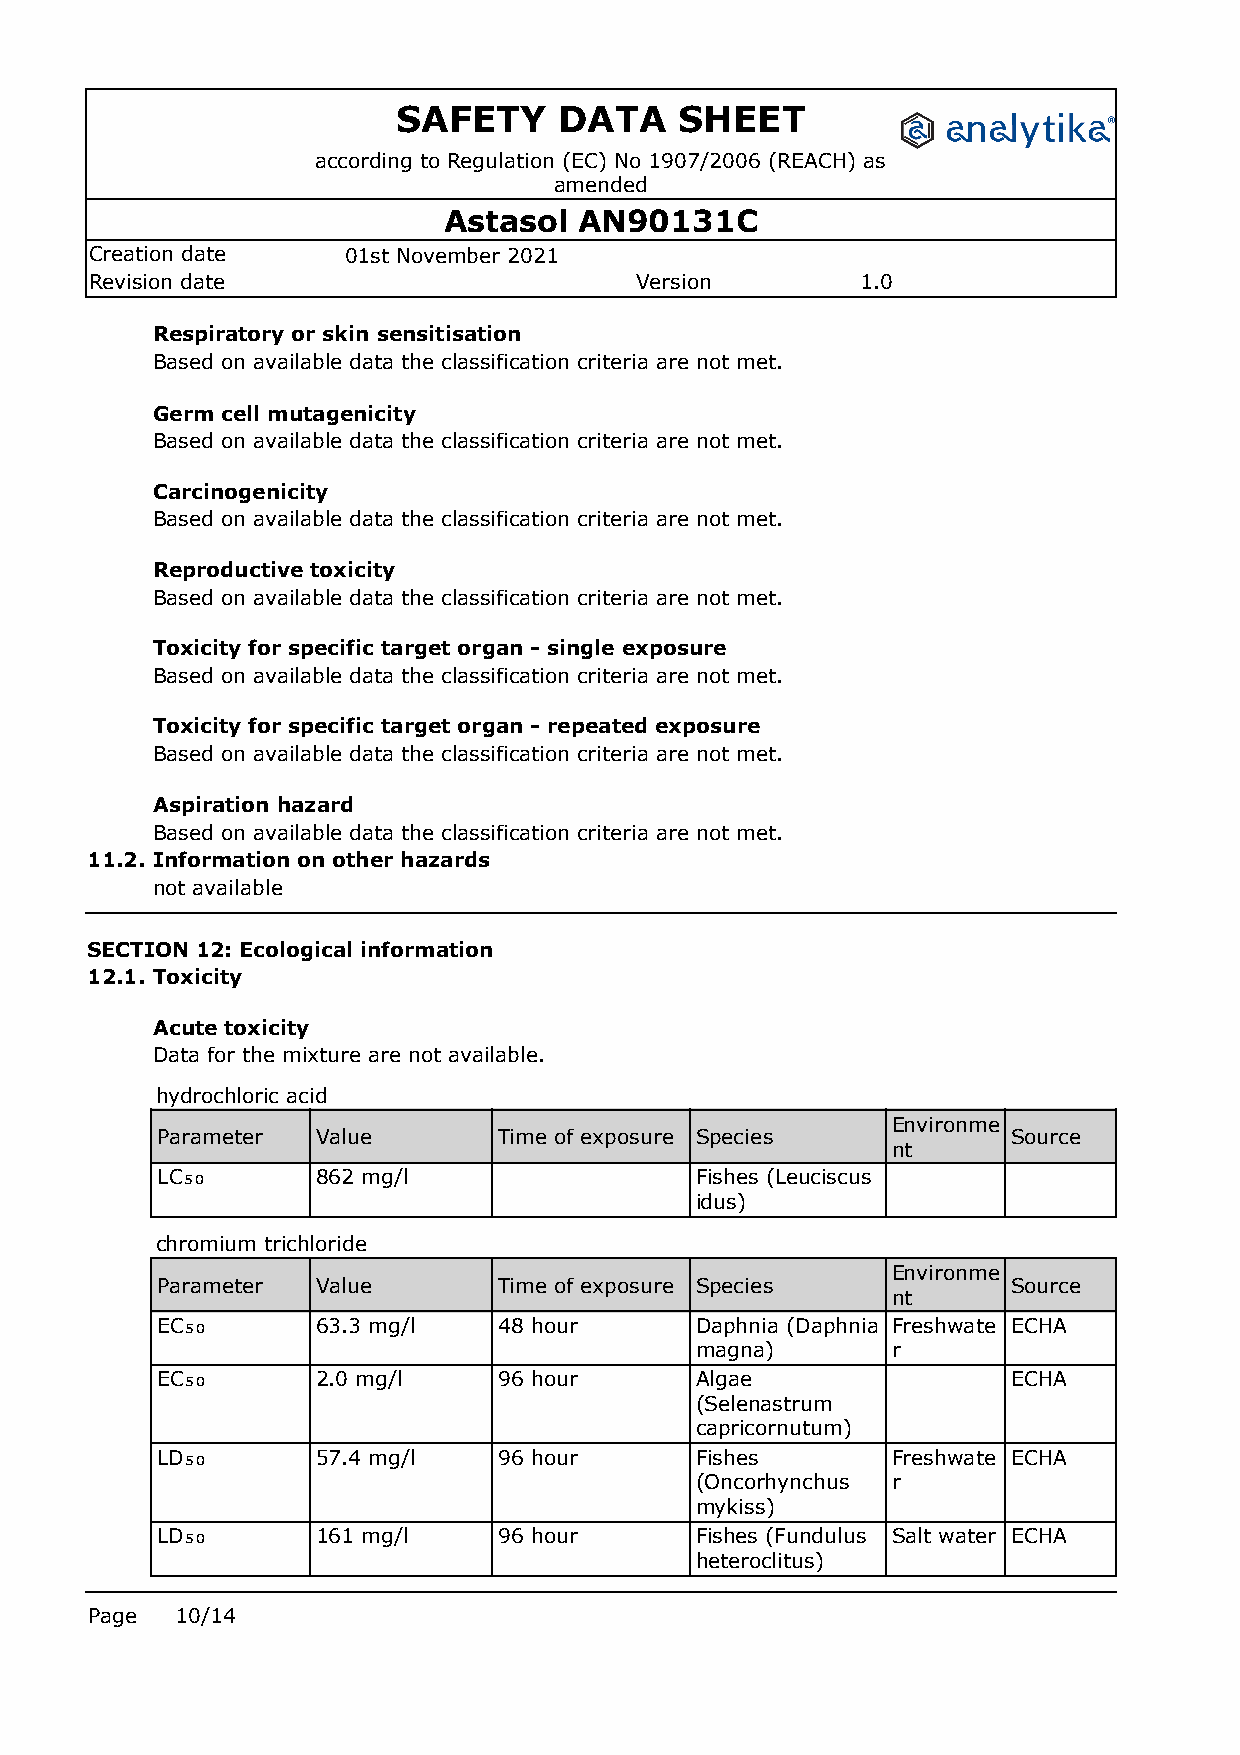
SAFETY     DATA    SHEET
 according to Regulation (EC) No 1907/2006 (REACH) as
 amended
 Astasol  AN90131C
 Creation date    01st November 2021
 Revision date                       Version        1.0
 Respiratory or skin sensitisation
 Based on available data the classification criteria are not met.
 Germ cell mutagenicity
 Based on available data the classification criteria are not met.
 Carcinogenicity
 Based on available data the classification criteria are not met.
 Reproductive toxicity
 Based on available data the classification criteria are not met.
 Toxicity for specific target organ - single exposure
 Based on available data the classification criteria are not met.
 Toxicity for specific target organ - repeated exposure
 Based on available data the classification criteria are not met.
 Aspiration hazard
 Based on available data the classification criteria are not met.
 11.2. Information on other hazards
 not available
 SECTION 12: Ecological information
 12.1. Toxicity
 Acute toxicity
 Data for the mixture are not available.
 hydrochloric acid
 Environme
 Parameter  Value       Time of exposure Species          Source
 nt
 LC₅₀       862 mg/l                 Fishes (Leuciscus
 idus)
 chromium trichloride
 Environme
 Parameter  Value       Time of exposure Species          Source
 nt
 EC₅₀       63.3 mg/l   48 hour      Daphnia (Daphnia Freshwate ECHA
 magna)       r
 EC₅₀       2.0 mg/l    96 hour      Algae                ECHA
 (Selenastrum
 capricornutum)
 LD₅₀       57.4 mg/l   96 hour      Fishes       Freshwate ECHA
 (Oncorhynchus r
 mykiss)
 LD₅₀       161 mg/l    96 hour      Fishes (Fundulus Salt water ECHA
 heteroclitus)
 Page  10/14